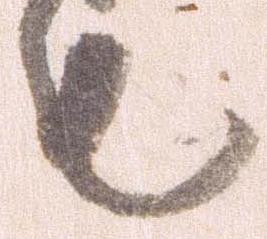
も